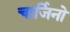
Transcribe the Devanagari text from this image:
चार्जिनो